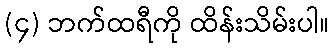
(၄) ဘက်ထရီကို ထိန်းသိမ်းပါ။